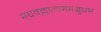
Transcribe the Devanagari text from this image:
मघवल्लालाममञ्जुप्रभ